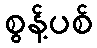
စွန့်ပစ်